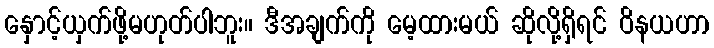
နှောင့်ယှက်ဖို့မဟုတ်ပါဘူး။ ဒီအချက်ကို မေ့ထားမယ် ဆိုလို့ရှိရင် ဝိနယဟာ